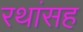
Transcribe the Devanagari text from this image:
रथांसह